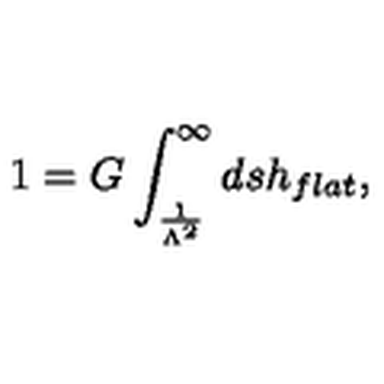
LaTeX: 1 = G \int _ { \frac { 1 } { \Lambda ^ { 2 } } } ^ { \infty } d s h _ { f l a t } ,